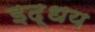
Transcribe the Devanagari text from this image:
इद्धय